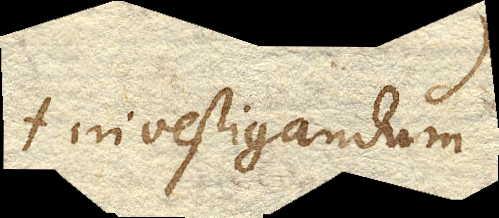
+ investigandum